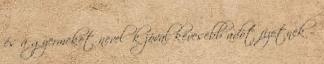
és a gyermeket nevelők jóval kevesebb adót fizetnek –